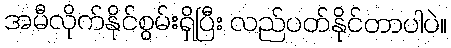
အမီလိုက်နိုင်စွမ်းရှိပြီး လည်ပတ်နိုင်တာပါပဲ။